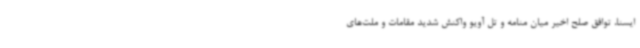
ایسنا، توافق صلح اخیر میان منامه و تل آویو واکنش شدید مقامات و ملت‌های